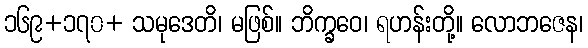
၁၆၉+၁၇၀+ သမုဒေတိ၊ မဖြစ်။ ဘိက္ခဝေ၊ ရဟန်းတို့။ လောဘဇေန၊